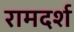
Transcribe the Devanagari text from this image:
रामदर्श